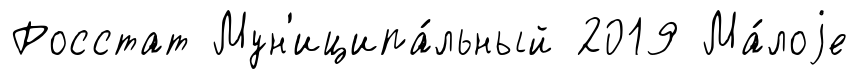
Росстат Мун'иципа́льный 2019 Ма́лоjе